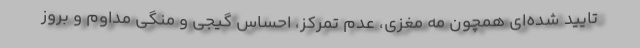
تایید شده‌ای همچون مه مغزی، عدم تمرکز، احساس گیجی و منگی مداوم و بروز